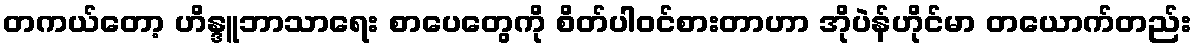
တကယ်တော့ ဟိန္ဒူဘာသာရေး စာပေတွေကို စိတ်ပါဝင်စားတာဟာ အိုပဲန်ဟိုင်မာ တယောက်တည်း